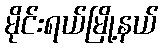
မိုင်းရယ်မြို့နယ်